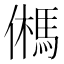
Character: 𩢮